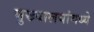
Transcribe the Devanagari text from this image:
मुख्यालयांमध्ये